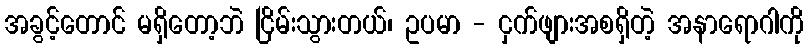
အခွင့်တောင် မရှိတော့ဘဲ ငြိမ်းသွားတယ်၊ ဥပမာ - ငှက်ဖျားအစရှိတဲ့ အနာရောဂါကို